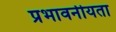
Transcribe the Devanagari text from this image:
प्रभावनीयता